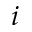
i